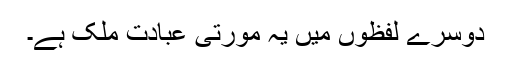
دوسرے لفظوں میں یہ مورتی عبادت ملک ہے۔